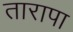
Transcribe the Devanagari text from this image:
तारापा